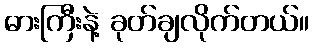
ဓားကြီးနဲ့ ခုတ်ချလိုက်တယ်။